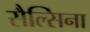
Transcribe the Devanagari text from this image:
सैल्सिना